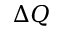
\Delta Q